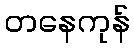
တနေကုန်